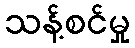
သန့်စင်မှု